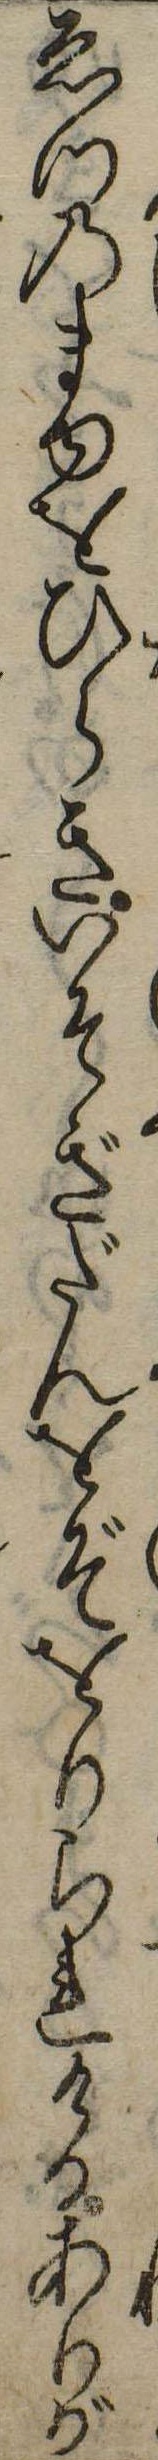
ゑつのまゆをひらきいそぎだんをぞをりられけるありが